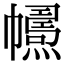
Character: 𢅱